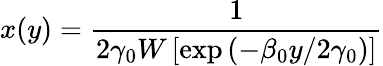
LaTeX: x(y)=\frac{1}{2\gamma_{0}W\left[\exp{\left(-\beta_{0}y/2\gamma_{0}\right)}\right]}